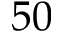
5 0